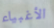
الأغبياء